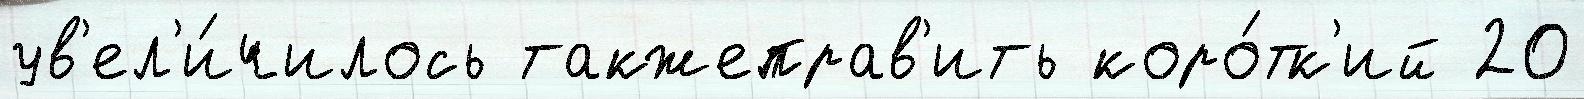
ув'ел'и́чилось такжеправ'ить коро́тк'ий 20